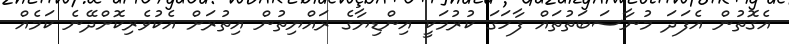
އެގޮތުން އެފަދަ މުނާސަބަތުތައް ފާހަގަ ކުރުމަކީ އިންޑިޔާގެ ރައްޔިތުން އިތުރަށް އެކުވެރިކޮށްދޭނެ ކަމެއް